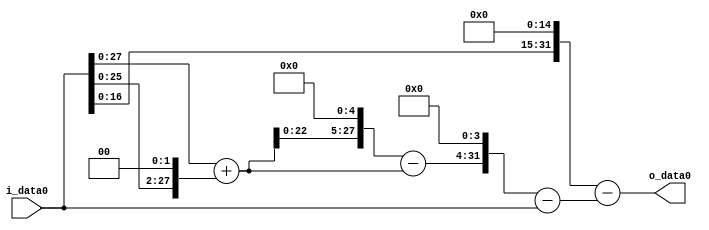
module multiplier_block (
    i_data0,
    o_data0
);

  // Port mode declarations:
  input   [31:0] i_data0;
  output  [31:0]
    o_data0;

  //Multipliers:

  wire [31:0]
    w1,
    w4,
    w5,
    w160,
    w155,
    w2480,
    w2479,
    w32768,
    w30289;

  assign w1 = i_data0;
  assign w155 = w160 - w5;
  assign w160 = w5 << 5;
  assign w2479 = w2480 - w1;
  assign w2480 = w155 << 4;
  assign w30289 = w32768 - w2479;
  assign w32768 = w1 << 15;
  assign w4 = w1 << 2;
  assign w5 = w1 + w4;

  assign o_data0 = w30289;

  //multiplier_block area estimate = 6509.76469962059;
endmodule